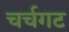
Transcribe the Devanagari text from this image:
चर्चगट